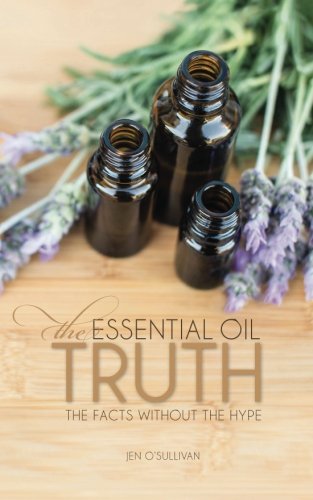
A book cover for The Essential Oil Truth: The Facts Without the Hype; Jen O'Sullivan; Health, Fitness & Dieting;